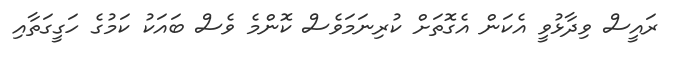
ރައީސް ވިދާޅުވީ އެކަން އެގޮތަށް ކުރިނަމަވެސް ކޮންމެ ވެސް ބައަަކު ކަމުގެ ހަގީގަތާއި